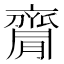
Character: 𪗇